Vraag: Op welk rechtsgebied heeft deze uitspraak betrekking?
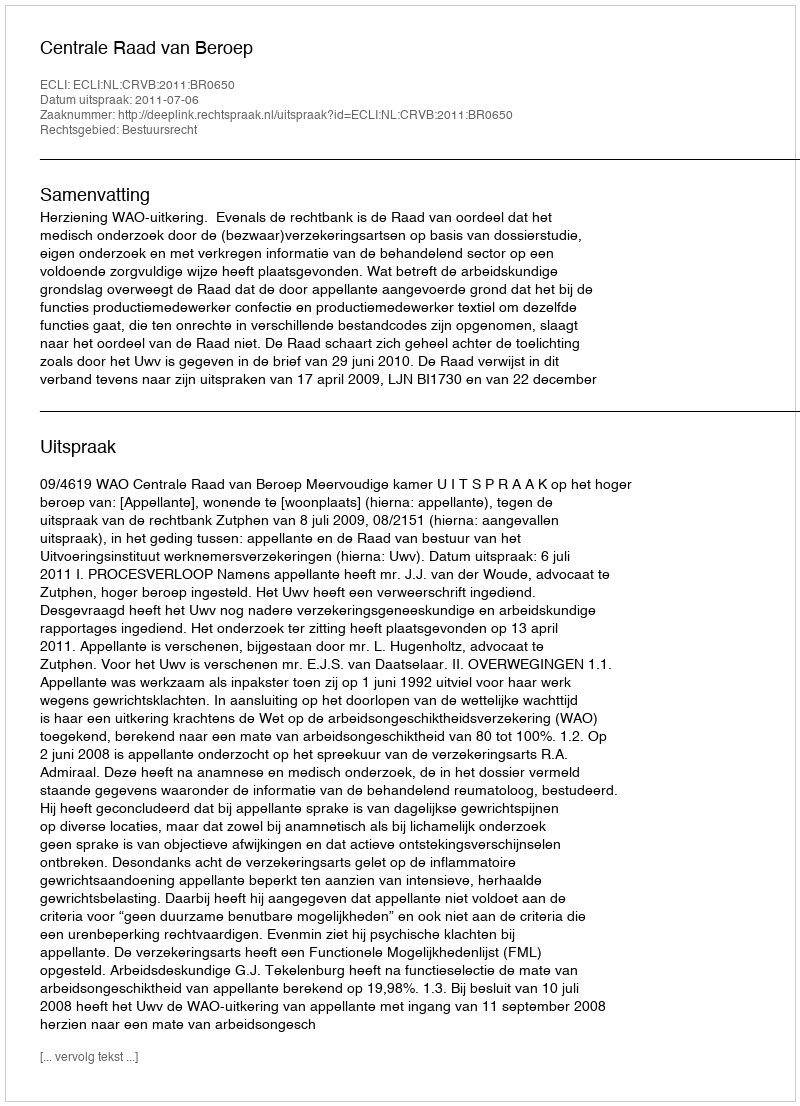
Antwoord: Bestuursrecht